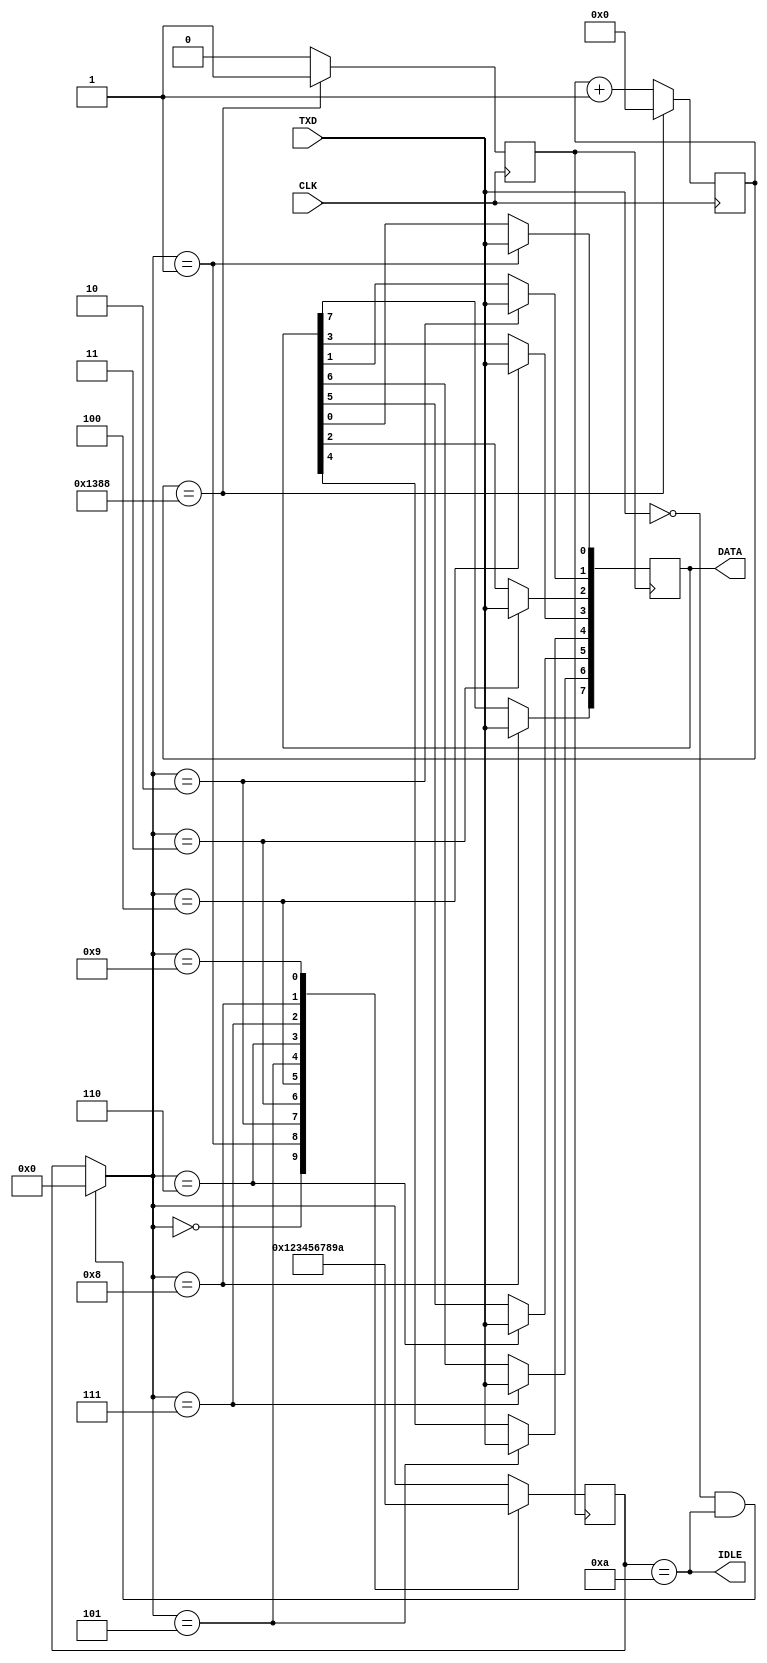
module uart_tx
(
    input CLK,
    
    input TXD,
    output reg [7:0]DATA,
    output IDLE
);

initial DATA[7:0] = 8'b0;
assign IDLE = (bit_num == 4'b1010);

reg [12:0]cnt = 13'b0;
reg uart_clk = 1'b0;
reg [3:0]bit_num = 4'b1010;

always @(posedge CLK) begin
    if (cnt == 5000) begin //48000000 = 5000 * 9600
        cnt <= 13'b0;
        uart_clk <= 1'b1;
    end
    else begin
        cnt <= cnt + 13'b1;
        uart_clk <= 1'b0;
    end
end

always @(posedge uart_clk) begin
    if (TXD == 1'b0 & (bit_num == 4'b1010)) begin
        bit_num = 4'b0;
    end
    case (bit_num)
        4'b0000: begin 
            bit_num = 4'b1;  
        end
        4'b0001: begin DATA[0] = TXD; bit_num = 2;  end
        4'b0010: begin DATA[1] = TXD; bit_num = 3;  end
        4'b0011: begin DATA[2] = TXD; bit_num = 4;  end
        4'b0100: begin DATA[3] = TXD; bit_num = 5;  end
        4'b0101: begin DATA[4] = TXD; bit_num = 6;  end
        4'b0110: begin DATA[5] = TXD; bit_num = 7;  end
        4'b0111: begin DATA[6] = TXD; bit_num = 8;  end
        4'b1000: begin DATA[7] = TXD; bit_num = 9;  end
        4'b1001: begin 
            bit_num = 4'b1010;
        end
    endcase
end

endmodule